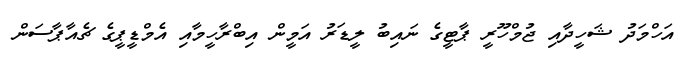
އަހްމަދު ޝަހީދާއި ޖުމްހޫރީ ޕާޓީގެ ނައިބު ލީޑަރު އަމީން އިބްރާހީމާއި އެމްޑީޕީގެ ޗެއާޕާސަން